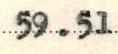
59.51